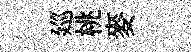
廵桃麥